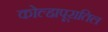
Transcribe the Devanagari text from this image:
कोल्हापूरातिल